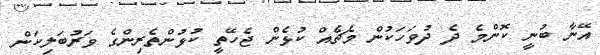
އޭނާ ބުނީ ކޮންމެ ދެ ދުވަހަކުން މެޗެއް ކުޅެން ޖެހޭތީ ކުޅުންތެރިންގެ ވަރުބަލިކަން